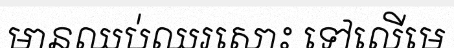
មានឈប់ឈរសោះ ទៅលើមេ